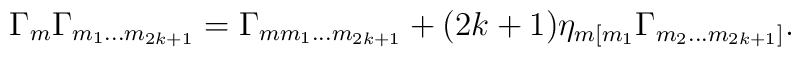
\Gamma_m \Gamma_{m_{1}\ldots m_{2k+1}} = \Gamma_{mm_{1}\ldots m_{2k+1}} +(2k+1) \eta_{m[m_{1}} \Gamma_{m_{2}\ldots m_{2k+1}]}.